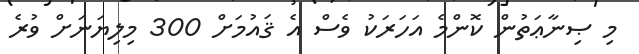
މި ޞިނާޢަތުން ކޮންމެ އަހަރަކު ވެސް އެ ޤައުމަށް 300 މިލިޔަނަށް ވުރެ